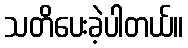
သတိပေးခဲ့ပါတယ်။